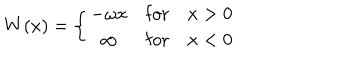
W ( x ) = \left\{ \begin{array} { c l l } { { - \omega x } } & { { \mathrm { f o r } } } & { { x > 0 } } \\ { { \infty } } & { { \mathrm { f o r } } } & { { x < 0 } } \\ \end{array} \right.